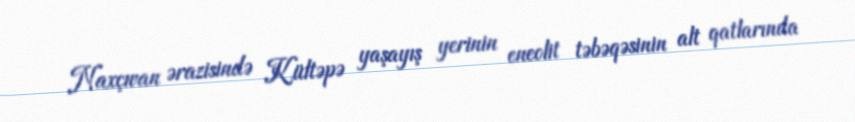
Naxçıvan ərazisində Kültəpə yaşayış yerinin eneolit təbəqəsinin alt qatlarında